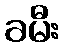
ခမီး